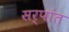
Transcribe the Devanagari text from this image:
सर्पांत